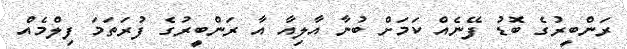
ރަންބީރުގެ ބޮޑު ފޭނެއް ކަމަށް ބުނާ އާލިއާ އާ ރަންބީރުގެ ފުރަތަމަ ފިލްމެއް